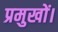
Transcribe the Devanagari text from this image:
प्रमुखों।